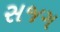
સજગ